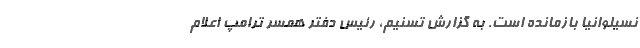
نسیلوانیا بازمانده است. به گزارش تسنیم، رئیس دفتر همسر ترامپ اعلام